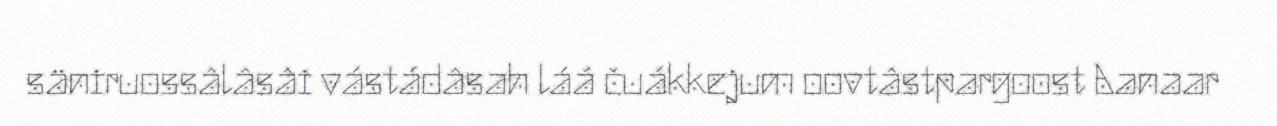
säniruossâlâsâi vástádâsah láá čuákkejum oovtâstpargoost Aanaar